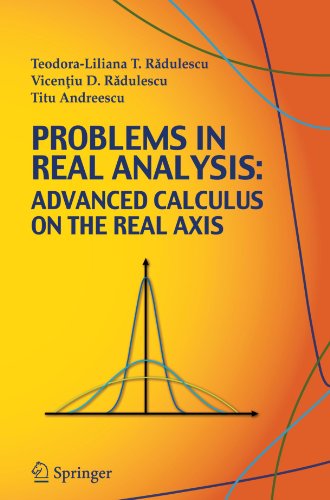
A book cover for Problems in Real Analysis: Advanced Calculus on the Real Axis; Teodora-Liliana Radulescu; Science & Math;